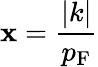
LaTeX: \mathbf{x}={\frac{{|k|}}{{p_{\mathrm{{{F}}}}}}}